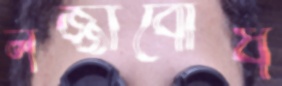
লজ্জাবোধ